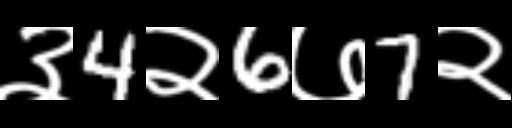
Text: ३4२6७7२